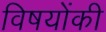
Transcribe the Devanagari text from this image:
विषयोंकी